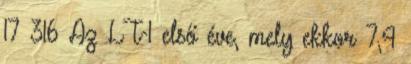
17 316 Az LT-1 első éve, mely ekkor 7,4